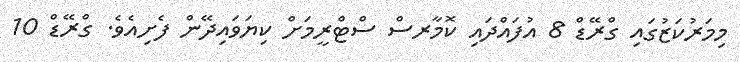
މިމަރުކަޒުގައި ގްރޭޑް 8 އުފައްދައި ކޮމާރސް ސްޓްރީމަށް ކިޔަވައިދޭން ފެށިއެވެ. ގްރޭޑް 10